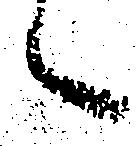
候